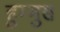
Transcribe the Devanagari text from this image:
हुम्मुस